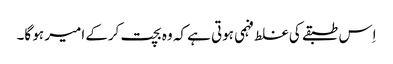
اِس طبقے کی غلط فہمی ہوتی ہے کہ وہ بچت کرکے امیر ہو گا۔